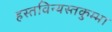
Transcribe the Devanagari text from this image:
हस्तविन्यस्तकुम्भा